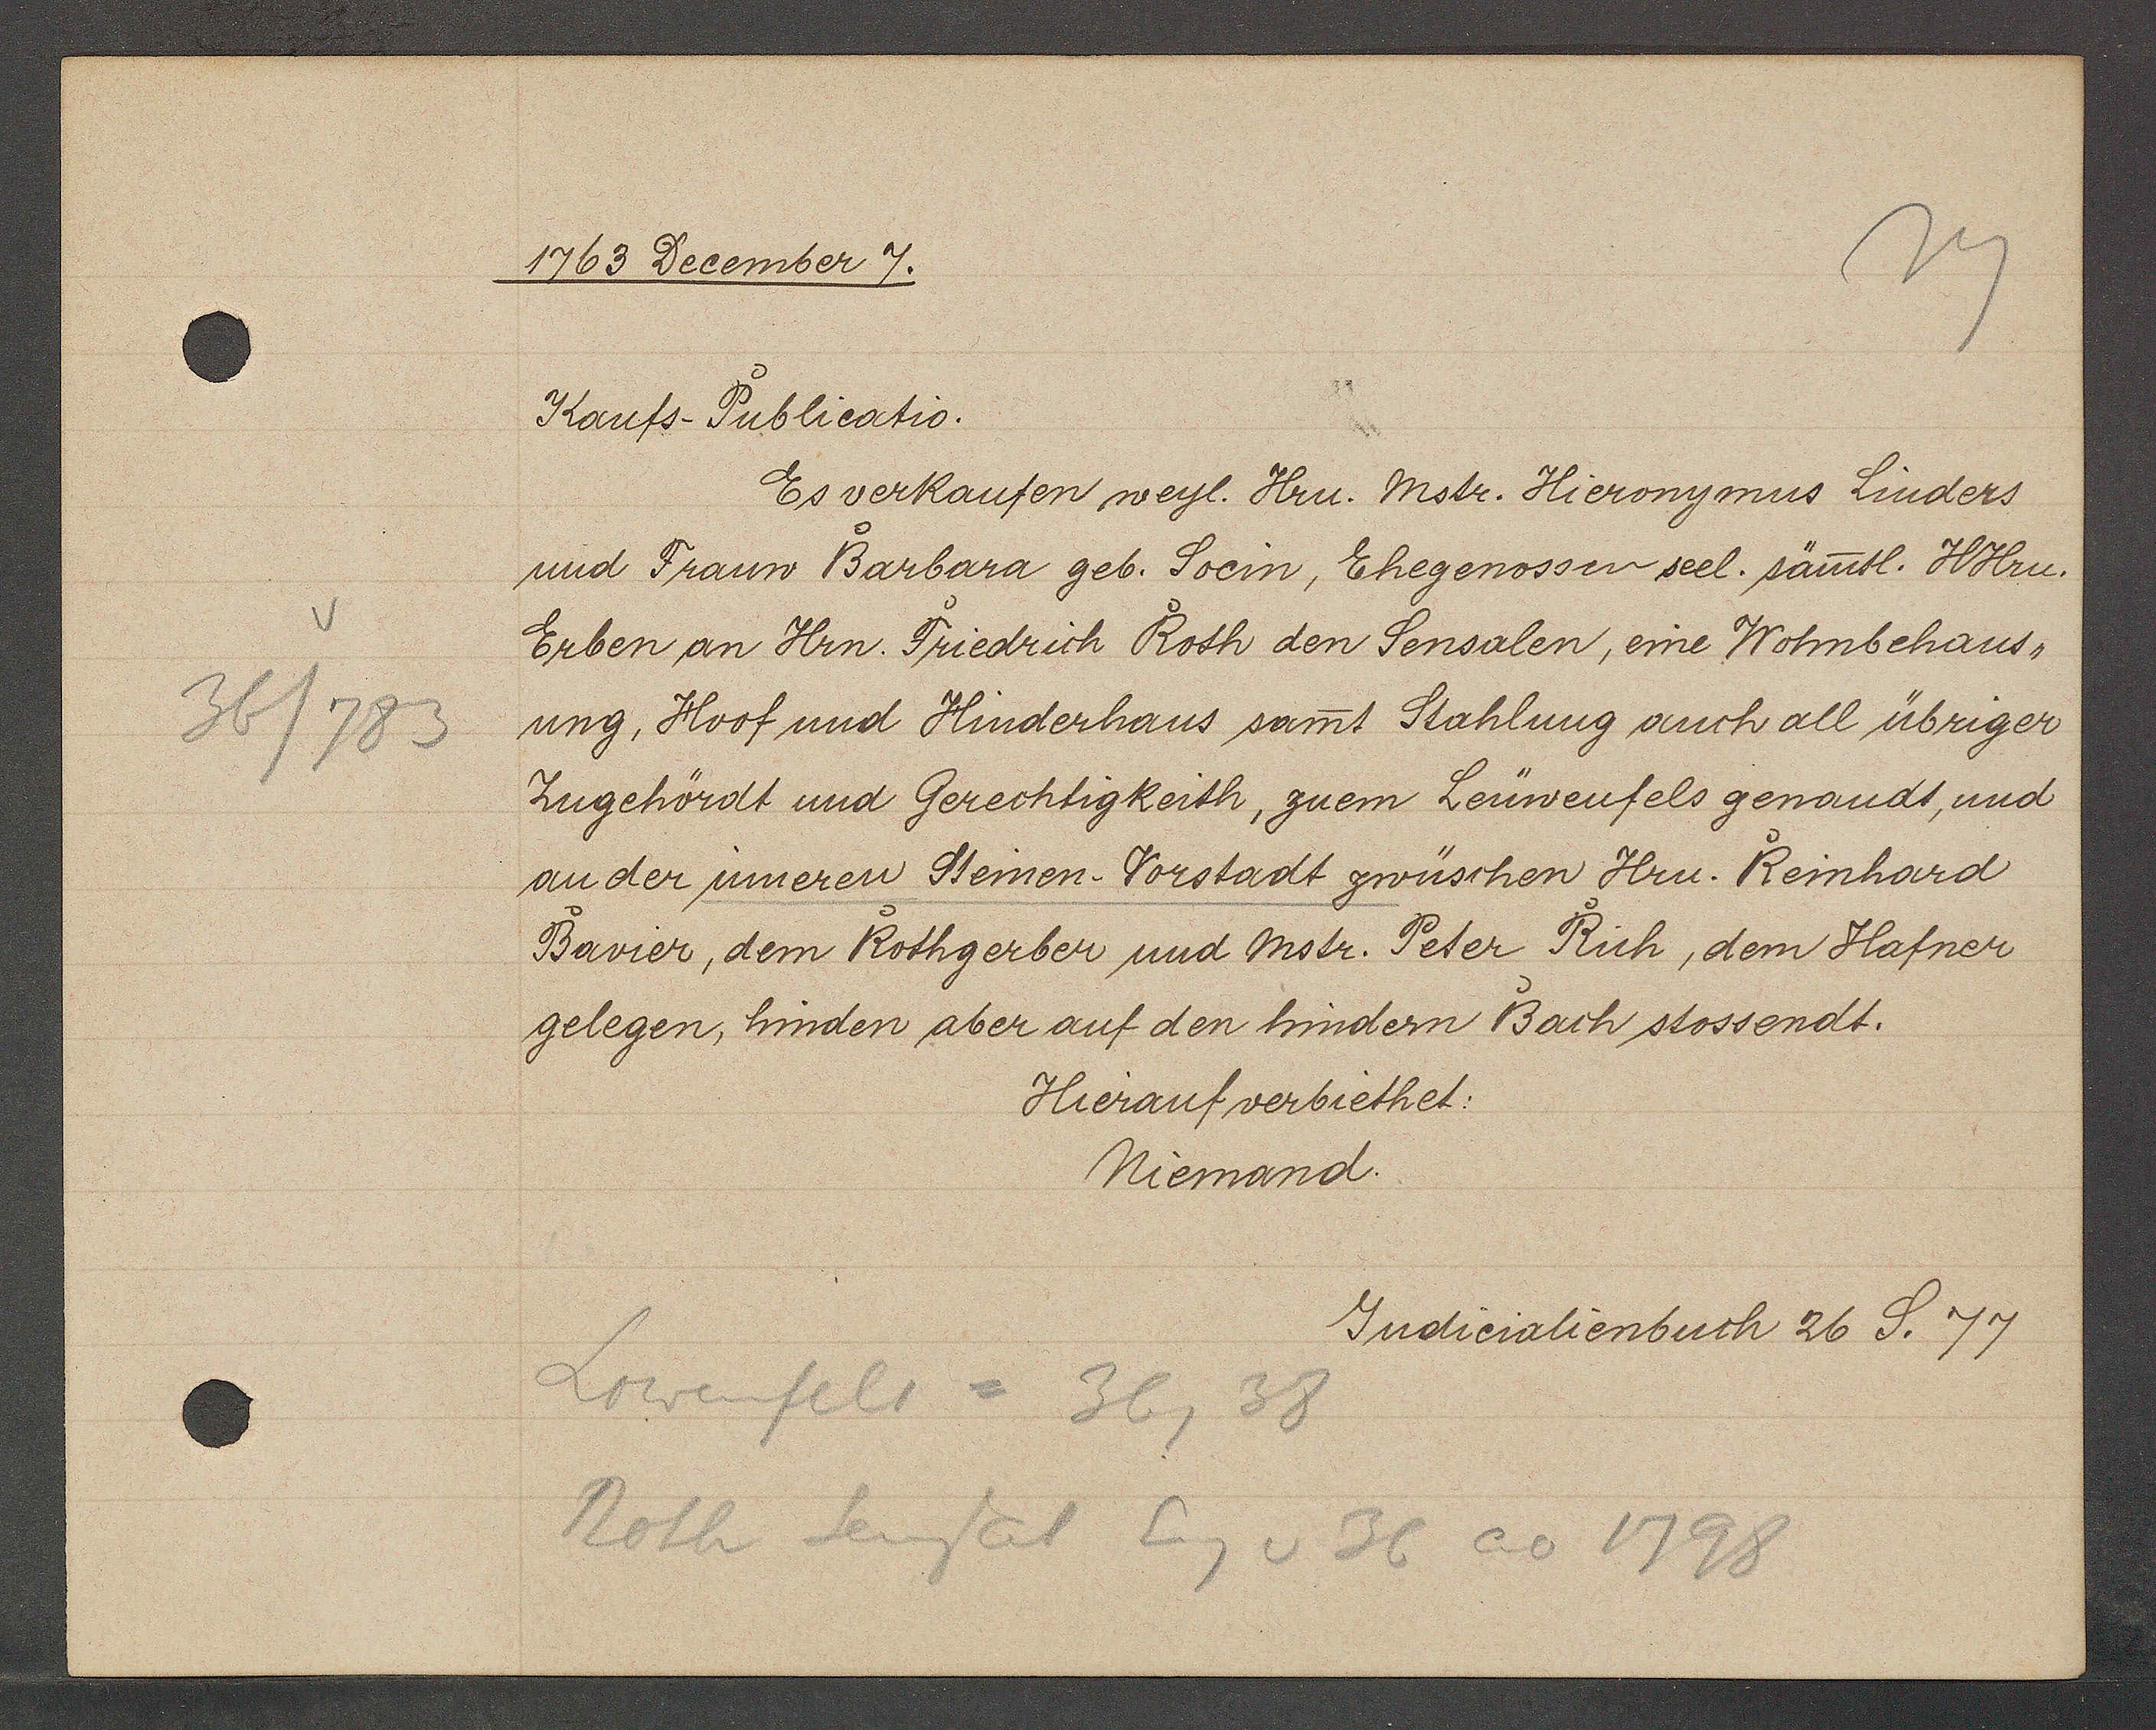
Transcript:
36/783

1763 December 7.

Kaufs-Publicatio.
Es verkaufen weyl. Hrn. Mstr. Hieronymus Linders
und Frauw Barbara geb. Socin, Ehegenossen seel. sämtl. HHru.
Erben an Hrn. Friedrich Roth den Sensalen, eine Wohnbehaus-
ung, Hoof und Hinderhaus samt Stahlung auch all übriger
Zugehördt und Gerechtigkeith, zuem Leüwenfels genandt, und
an der inneren Steinen-Vorstadt zwüschen Hrn. Reinhard
Bavier, dem Rothgerber und Mstr. Peter Rich, dem Hafner
gelegen, hinden aber auf den hindern Bach stossendt.
Hierauf verbiethet:
Niemand.

Lowenfels = 36, 38
Roth Sensal Eig v 36 ao 1798

Judicialienbuch 26 S. 77